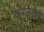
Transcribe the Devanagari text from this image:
करनेको